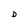
Character: D